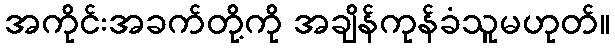
အကိုင်းအခက်တို့ကို အချိန်ကုန်ခံသူမဟုတ်။